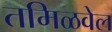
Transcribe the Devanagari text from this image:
तमिळवेल